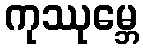
ကုဿုမ္ဘေ